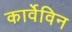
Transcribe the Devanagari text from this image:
कार्वेविन